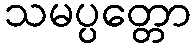
သမပ္ပတ္တော